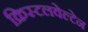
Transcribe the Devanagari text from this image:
क्रिस्टलवेल्टेन